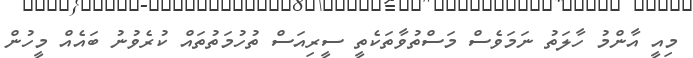
މިއީ އާންމު ހާލަތު ނަމަވެސް މަސްތުވާތަކެތީ ސީރިއަސް ތުހުމަތުތައް ކުރެވުނު ބައެއް މީހުން